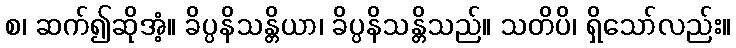
စ၊ ဆက်၍ဆိုအံ့။ ခိပ္ပနိသန္တိယာ၊ ခိပ္ပနိသန္တိသည်။ သတိပိ၊ ရှိသော်လည်း။